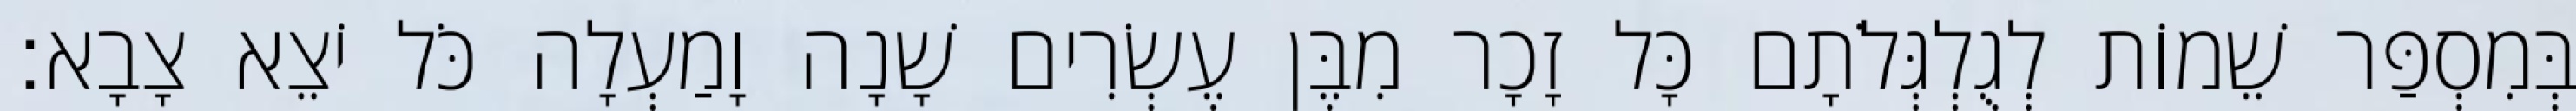
בְּמִסְפַּר שֵׁמוֹת לְגֻלְגְּלֹתָם כָּל זָכָר מִבֶּן עֶשְׂרִים שָׁנָה וָמַעְלָה כֹּל יֹצֵא צָבָא׃